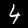
Digit: 4